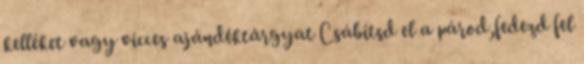
kelléket vagy vicces ajándéktárgyat Csábítsd el a párod,fedezd fel